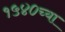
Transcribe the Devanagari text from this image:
१५४०च्या